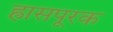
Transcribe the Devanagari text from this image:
ह्रासपूरक